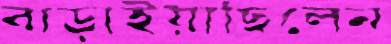
বাড়াইয়াছিলেন